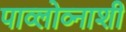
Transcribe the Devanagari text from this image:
पाव्लोव्नाशी